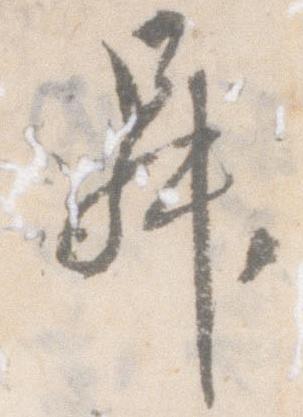
昇